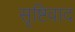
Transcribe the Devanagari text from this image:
सृष्टिवाद